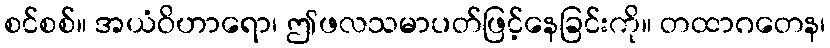
စင်စစ်။ အယံဝိဟာရော၊ ဤဖလသမာပတ်ဖြင့်နေခြင်းကို။ တထာဂတေန၊